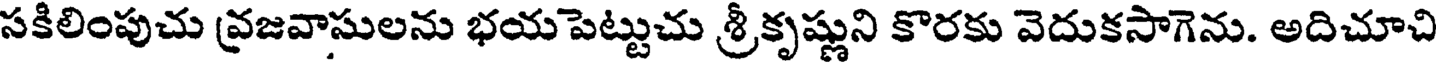
సకిలింపుచు వ్రజవాసులను భయపెట్టుచు శ్రీకృష్ణుని కొరకు వెదుకసాగెను. అదిచూచి